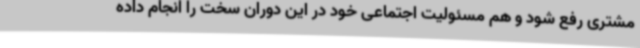
مشتری رفع شود و هم مسئولیت اجتماعی خود در این دوران سخت را انجام داده